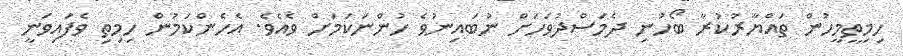
ހިމިތީމީހުން ތައްޔާރުކުރާ ބޯހުނި ދެމަސްދުވަހަށް ނުބައިނުވެ ހުންނަކަމަށް ވެއެވެ. އެހެންކަމުން ހިމިތި ވެފައިވަނީ